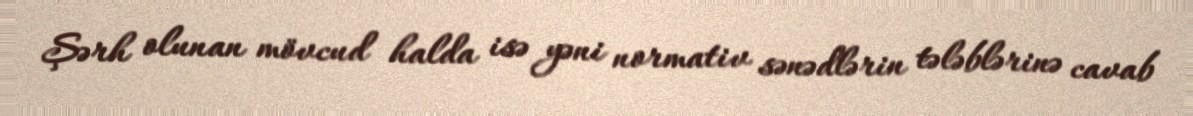
Şərh olunan mövcud halda isə yəni normativ sənədlərin tələblərinə cavab